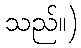
သည်။)